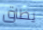
يطاق